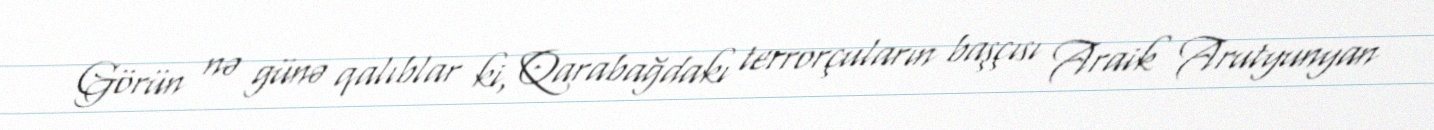
Görün nə günə qalıblar ki, Qarabağdakı terrorçuların başçısı Araik Arutyunyan